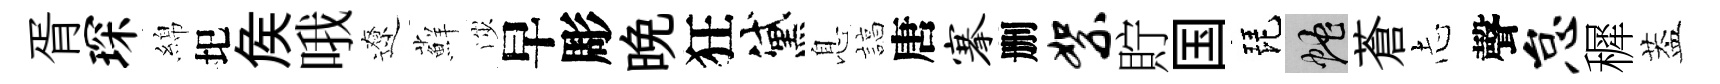
胥琛綿圯矦哦遼蘚渉早彫晚狂黛息諄唐搴删絮貯国琵蛇蒼𢖽聲怠穉葢